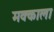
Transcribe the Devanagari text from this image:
मक्काला